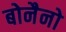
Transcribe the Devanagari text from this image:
बोनैनो